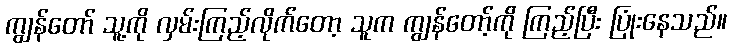
ကျွန်တော် သူ့ကို လှမ်းကြည့်လိုက်တော့ သူက ကျွန်တော့်ကို ကြည့်ပြီး ပြုံးနေသည်။